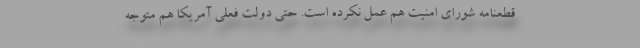
قطعنامه شورای امنیت هم عمل نکرده است. حتی دولت فعلی آمریکا هم متوجه